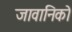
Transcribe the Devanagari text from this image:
जावानिको